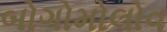
બોગોમોલોવ